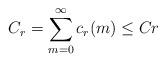
LaTeX: \begin{align*}C_{r}=\sum_{m=0}^{\infty}c_{r}(m)\leq Cr\end{align*}